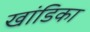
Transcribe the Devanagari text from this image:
खांडिका